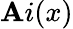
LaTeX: \mathbf{A}i(x)